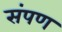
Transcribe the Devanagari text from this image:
संपण